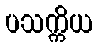
ပသက္ကိယ